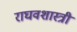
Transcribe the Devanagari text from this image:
राघवशास्त्री